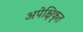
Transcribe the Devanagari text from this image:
अपेक्षिकृत